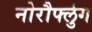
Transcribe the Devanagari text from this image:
नोरौर्फ्लुग